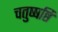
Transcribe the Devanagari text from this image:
चतुष्षष्ठि